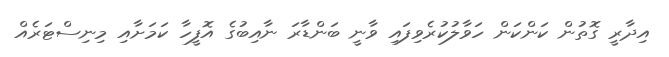
އިދާރީ ގޮތުން ކަންކަން ހަވާލުކުރެވިފައި ވާނީ ބަންޑާރަ ނާއިބުގެ އޮފީހާ ކަމަށާއި މިނިސްޓަރެއް